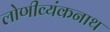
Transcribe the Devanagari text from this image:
लोणीव्यंकनाथ